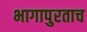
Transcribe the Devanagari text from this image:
भागापुरताच